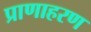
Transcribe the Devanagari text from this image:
प्राणाहरण